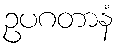
ဥပဂတာနံ